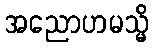
အညောဟမသ္မိ